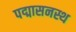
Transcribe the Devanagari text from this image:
पद्मासनस्थ